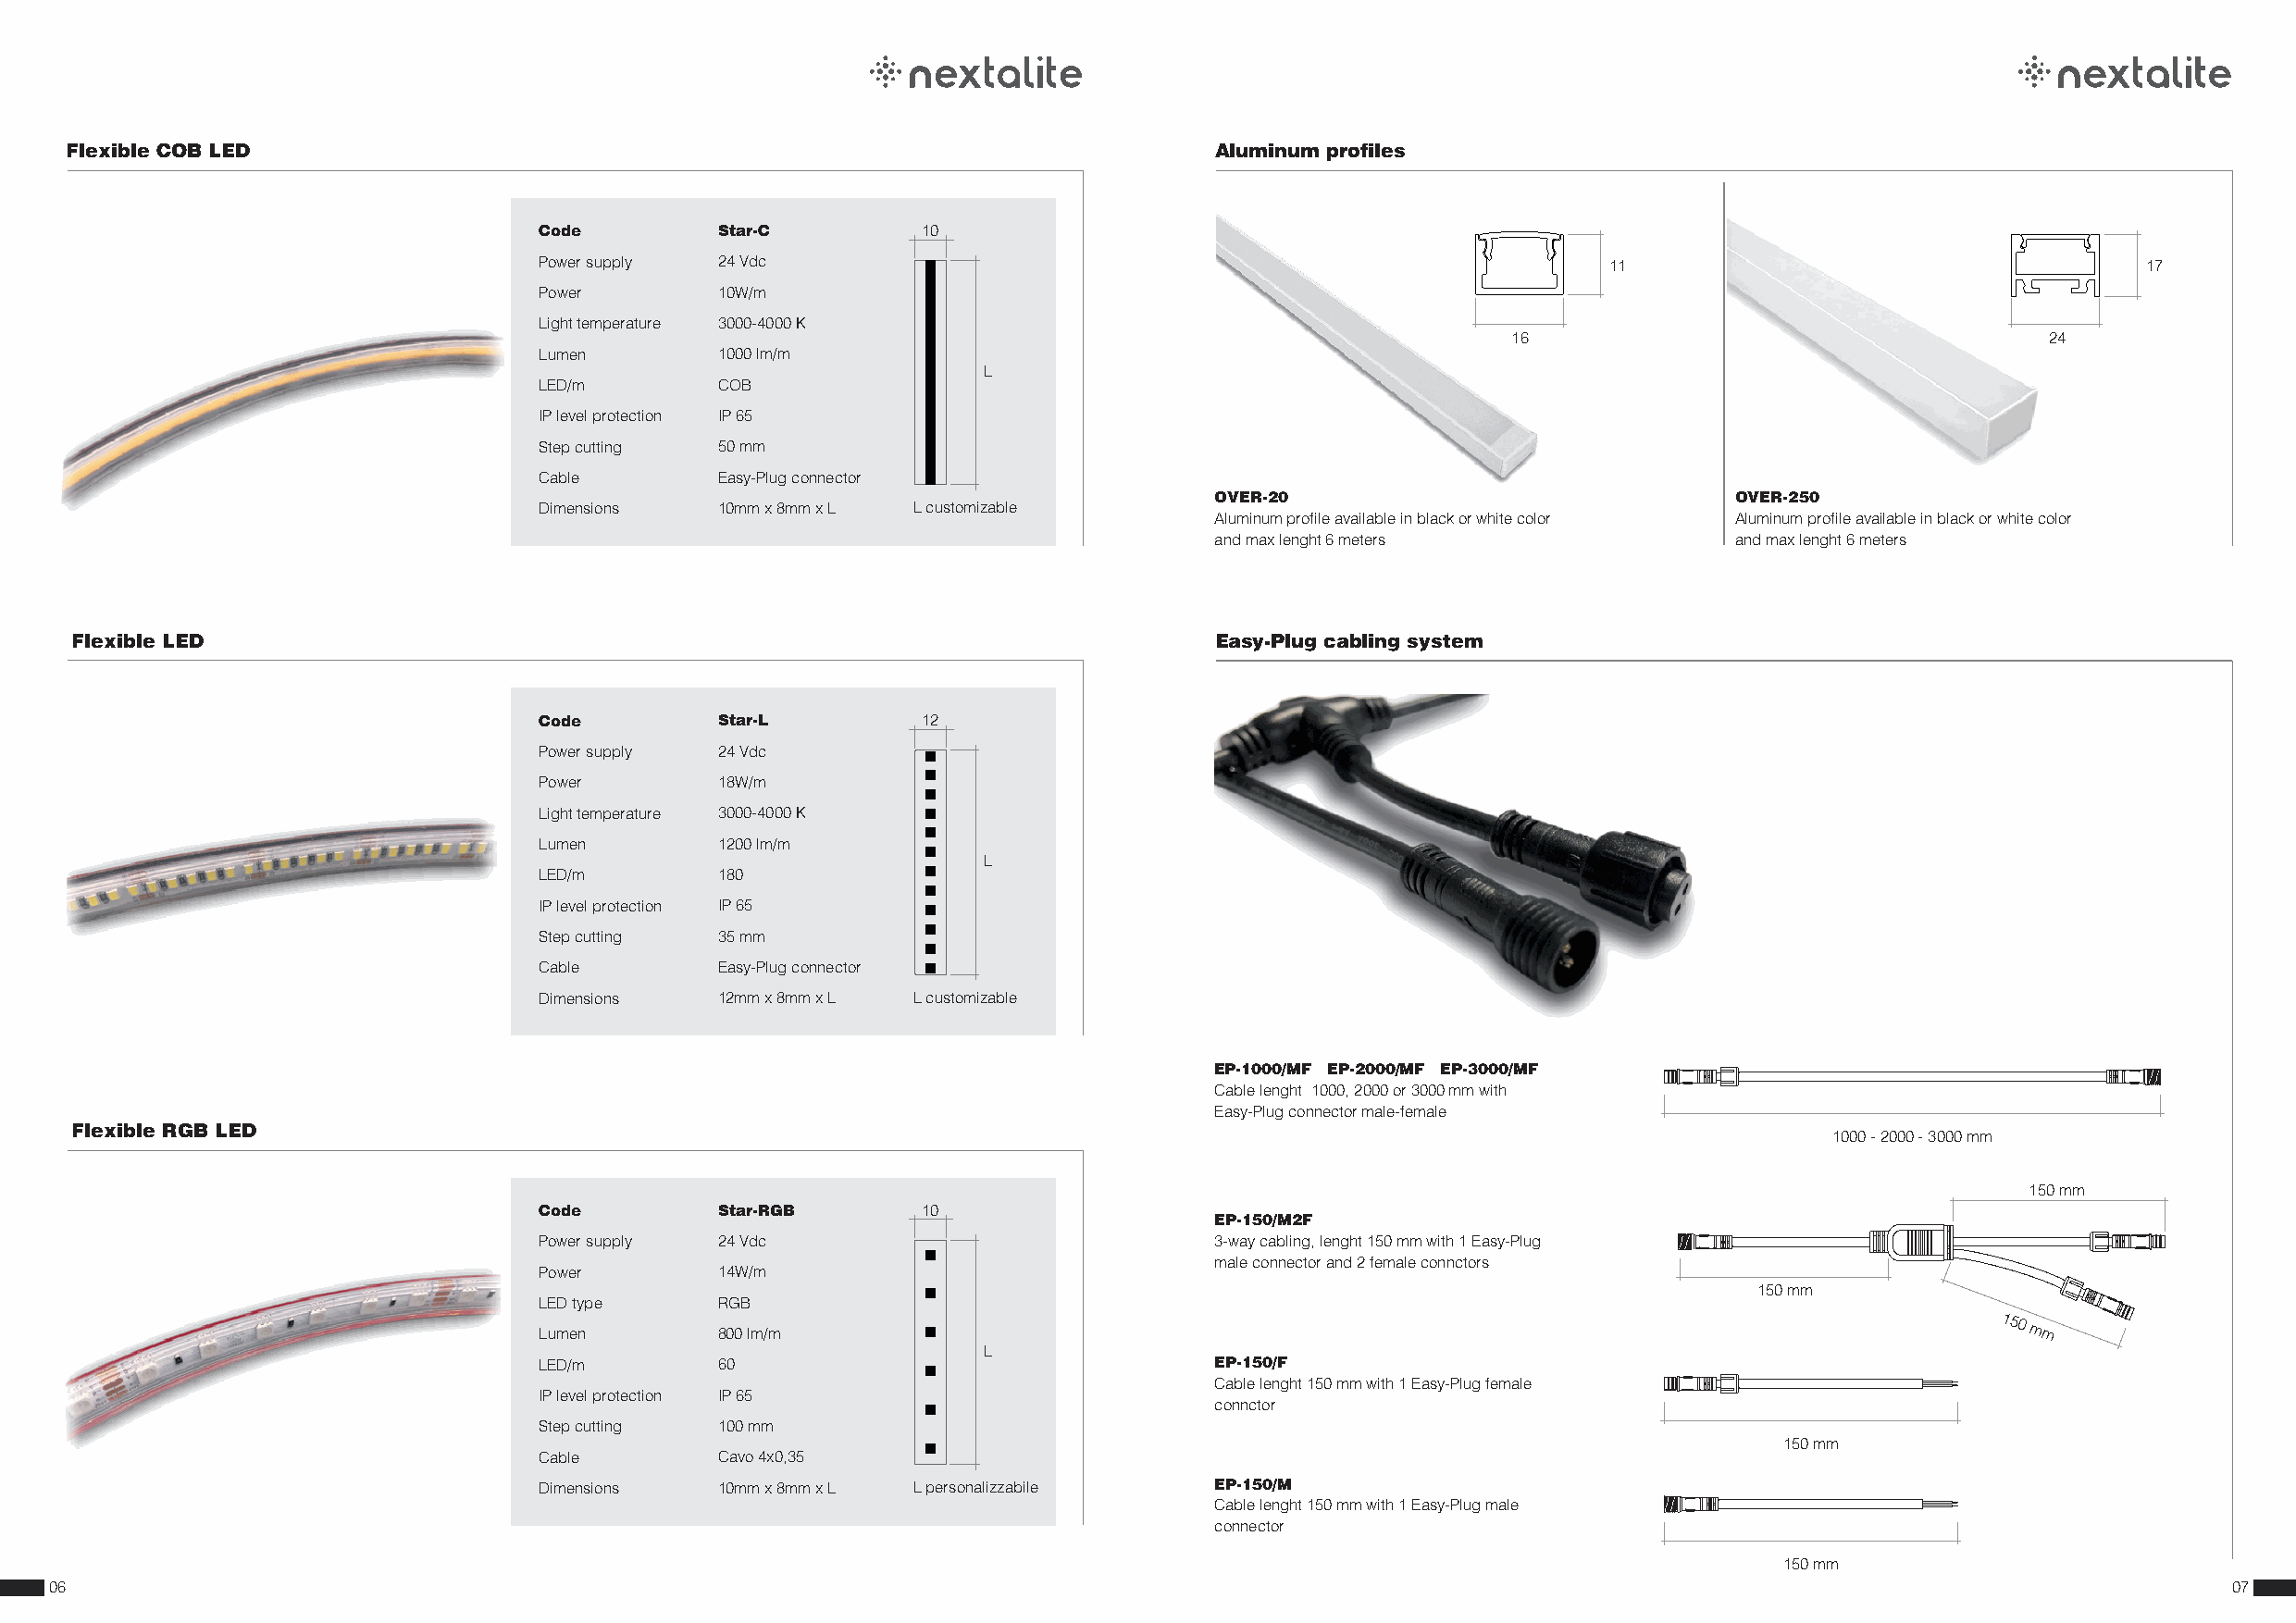
Flexible COB LED                                                                  Aluminum profiles
 Code        Star-C         10
 Power supply 24 Vdc                                                         11                                    17
 Power       10W/m
 Light temperature 3000-4000 K
 16                                     24
 Lumen       1000 lm/m
 L
 LED/m       COB
 IP level protection IP 65
 Step cutting 50 mm
 Cable       Easy-Plug connector
 OVER-20                              OVER-250
 Dimensions  10mm x 8mm x L L customizable
 Aluminum profile available in black or white color Aluminum profile available in black or white color
 and max lenght 6 meters              and max lenght 6 meters
 Flexible LED                                                                      Easy-Plug cabling system
 Code        Star-L         12
 Power supply 24 Vdc
 Power       18W/m
 Light temperature 3000-4000 K
 Lumen       1200 lm/m
 L
 LED/m       180
 IP level protection IP 65
 Step cutting 35 mm
 Cable       Easy-Plug connector
 Dimensions  12mm x 8mm x L L customizable
 EP-1000/MF EP-2000/MF EP-3000/MF
 Cable lenght 1000, 2000 or 3000 mm with
 Easy-Plug connector male-female
 Flexible RGB LED
 1000 - 2000 - 3000 mm
 150 mm
 Code        Star-RGB       10
 EP-150/M2F
 Power supply 24 Vdc                             3-way cabling, lenght 150 mm with 1 Easy-Plug
 male connector and 2 female connctors
 Power       14W/m
 150 mm
 LED type    RGB
 Lumen       800 lm/m
 150
 mm
 L
 LED/m       60                                  EP-150/F
 Cable lenght 150 mm with 1 Easy-Plug female
 IP level protection IP 65
 connctor
 Step cutting 100 mm
 150 mm
 Cable       Cavo 4x0,35
 Dimensions  10mm x 8mm x L L personalizzabile   EP-150/M
 Cable lenght 150 mm with 1 Easy-Plug male
 connector
 150 mm
 06                                                                                                                                                           07